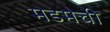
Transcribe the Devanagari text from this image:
मडमेची